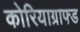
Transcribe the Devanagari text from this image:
कोरियाग्राफ्ड